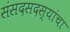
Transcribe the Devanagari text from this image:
संसदसदस्यांचा